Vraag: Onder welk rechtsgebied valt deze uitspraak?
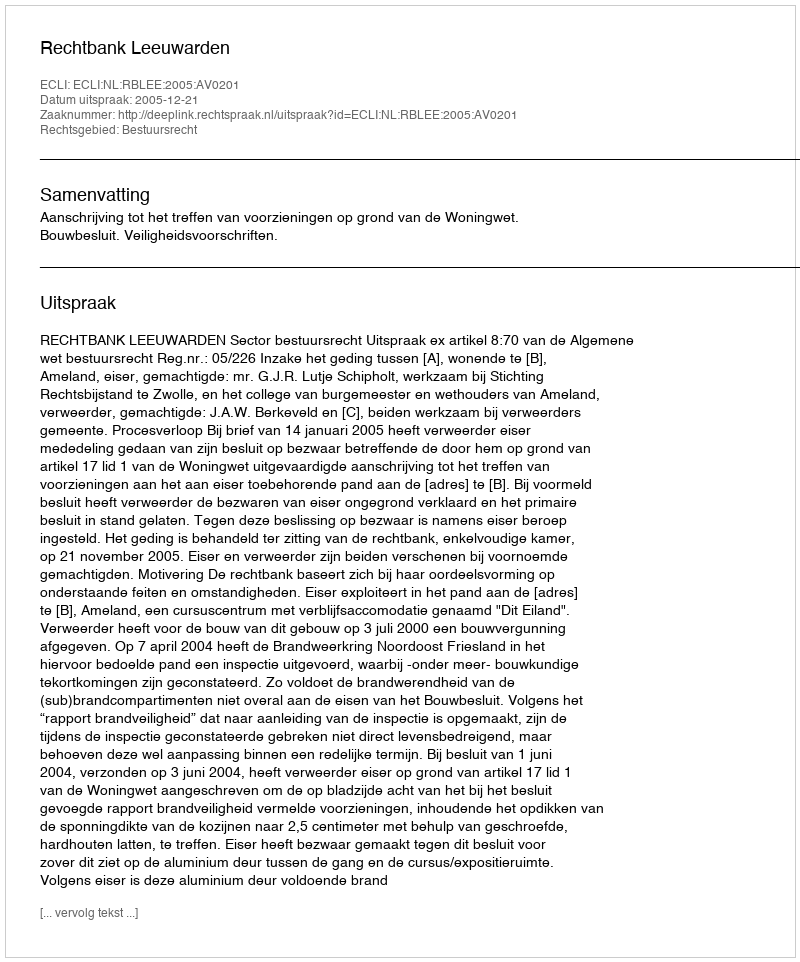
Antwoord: Bestuursrecht